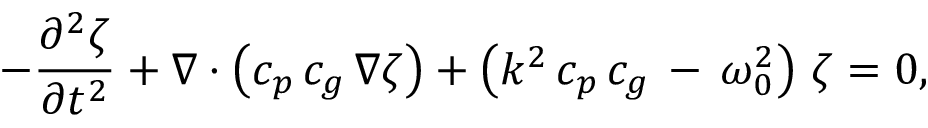
- { \frac { \partial ^ { 2 } \zeta } { \partial { t ^ { 2 } } } } + \nabla \cdot \left( c _ { p } \, c _ { g } \, \nabla \zeta \right) + \left( k ^ { 2 } \, c _ { p } \, c _ { g } \, - \, \omega _ { 0 } ^ { 2 } \right) \, \zeta = 0 ,